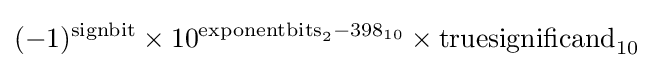
(-1)^{\text{signbit}}\times 10^{{\text{exponentbits}}_{2}-398_{10}}\times {\text{truesignificand}}_{10}